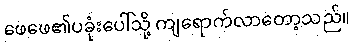
ဖေဖေ၏ပခုံးပေါ်သို့ ကျရောက်လာတော့သည်။